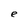
Character: e